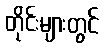
တိုင်းများတွင်